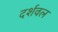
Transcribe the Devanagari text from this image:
दर्शवल